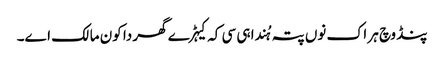
پنڈ وچ ہر اک نوں پتہ ہُندا ہی سی کہ کیہڑے گھر دا کون مالک اے۔